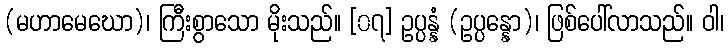
(မဟာမေဃော)၊ ကြီးစွာသော မိုးသည်။ [၀၇] ဥပ္ပန္နံ (ဥပ္ပန္နော)၊ ဖြစ်ပေါ်လာသည်။ ဝါ၊